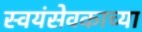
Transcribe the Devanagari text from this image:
स्वयंसेवकाच्या